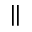
\|